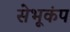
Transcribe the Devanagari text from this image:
सेभूकंप